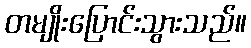
တမျိုးပြောင်းသွားသည်။